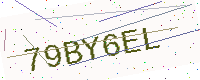
Text: 79BY6EL